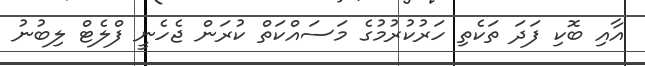
އާއި ބޮކި ފަދަ ތަކެތި ހަރުކުރުމުގެ މަސައްކަތް ކުރަން ޖެހެނީ ފްލެޓް ލިބުނު